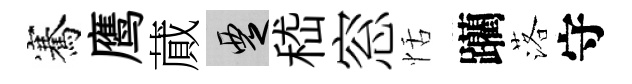
騫鹰蕆覂嵇窓恬躪落守